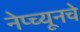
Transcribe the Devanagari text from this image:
नेप्च्यूनचे